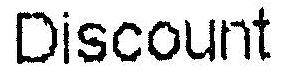
DISCOUNT